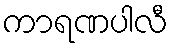
ကာရဏပါလီ